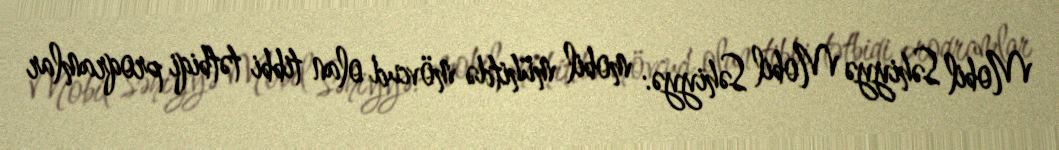
Mobil Səhiyyə Mobil Səhiyyə: mobil mühitdə mövcud olan tibbi tətbiqi proqramlar